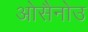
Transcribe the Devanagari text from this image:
ओसैनोउ